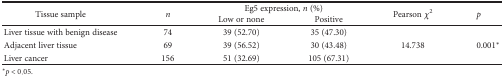
| <ROWSPAN=2> Tissue sample | <ROWSPAN=2> n | <COLSPAN=2> Eg5 expression, n (%) | <ROWSPAN=2> Pearson χ2 | <ROWSPAN=2> p |
 | Low or none | Positive |
 | --- | --- | --- | --- | --- | --- |
 | Liver tissue with benign disease | 74 | 39 (52.70) | 35 (47.30) | <ROWSPAN=3> 14.738 | <ROWSPAN=3> 0.001∗ |
 | Adjacent liver tissue | 69 | 39 (56.52) | 30 (43.48) |
 | Liver cancer | 156 | 51 (32.69) | 105 (67.31) |